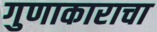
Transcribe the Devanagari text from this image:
गुणाकाराचा